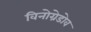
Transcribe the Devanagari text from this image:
विनोग्रेडोव